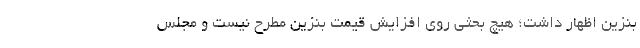
بنزین اظهار داشت؛ هیچ بحثی روی افزایش قیمت بنزین مطرح نیست و مجلس